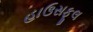
હાઉસફૂલ